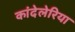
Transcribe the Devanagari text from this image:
कांदेलेरिया